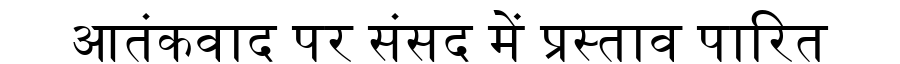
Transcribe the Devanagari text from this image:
आतंकवाद पर संसद में प्रस्ताव पारित